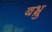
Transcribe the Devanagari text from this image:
बभ्रु